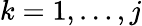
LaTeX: k=1,\dotsc,j